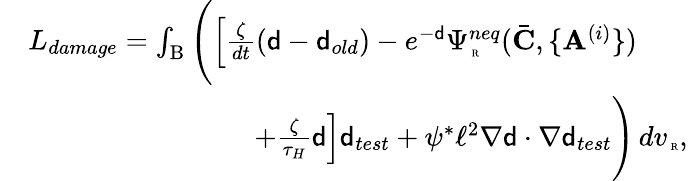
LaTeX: \begin{array}{rl}&{L_{damage}=\int_{\mathrm{B}}\Bigg(\Big[\frac{\zeta}{dt}({\mathsf{d}}-{\mathsf{d}}_{old})-e^{-{\mathsf{d}}}\Psi_{\mathrm{\tiny~R}}^{neq}(\bar{\mathbf{C}},\{ \mathbf{A}^{(i)}\} )}\\ &{\qquad\qquad\qquad\qquad+\frac{\zeta}{\tau_{H}}{\mathsf{d}}\Big]{\mathsf{d}}_{test}+\psi^{*}\ell^{2}\nabla{\mathsf{d}}\cdot\nabla{\mathsf{d}}_{test}\Bigg)\, dv_{\mathrm{\tiny~R}},}\end{array}